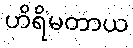
ဟိရိမတာယ